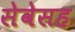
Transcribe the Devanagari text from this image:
सेवेसह